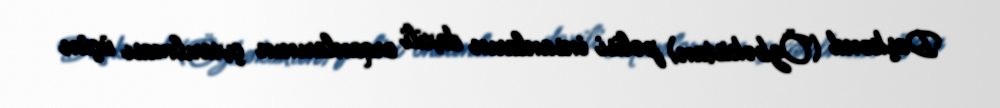
Daşkənd (Özbəkistan) polisi insanların daxili orqanlarının çıxarılması üçün